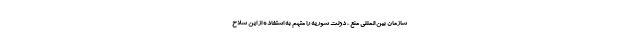
سازمان بین المللی منع ، دولت سوریه را متهم به استفاده از این سلاح